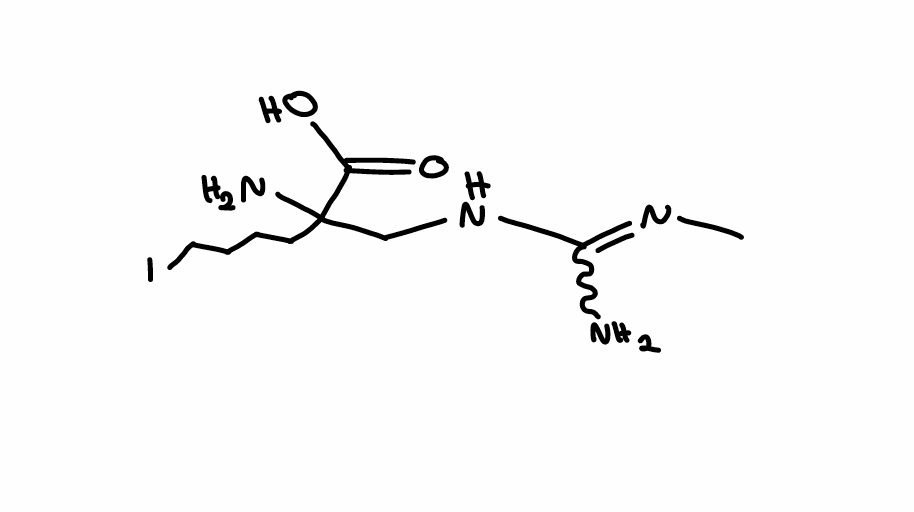
Simplified molecular-input line-entry system (SMILES) notation of the given molecule:
CN=C(N)NCC(CCCCI)(C(=O)O)N